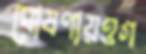
ঘোষণায়ওগ